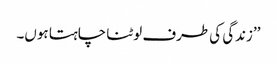
’’زندگی کی طرف لوٹنا چاہتا ہوں۔